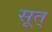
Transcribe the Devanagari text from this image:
सूत्